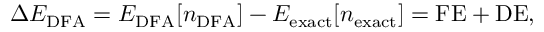
\Delta E _ { \mathrm { D F A } } = E _ { \mathrm { D F A } } [ n _ { \mathrm { D F A } } ] - E _ { \mathrm { e x a c t } } [ n _ { \mathrm { e x a c t } } ] = \mathrm { F E } + \mathrm { D E } ,